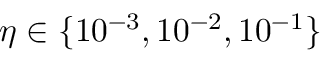
\eta \in \{ 1 0 ^ { - 3 } , 1 0 ^ { - 2 } , 1 0 ^ { - 1 } \}